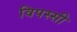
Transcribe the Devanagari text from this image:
विपस्सी